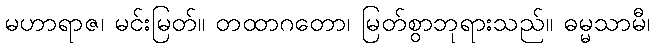
မဟာရာဇ၊ မင်းမြတ်။ တထာဂတော၊ မြတ်စွာဘုရားသည်။ ဓမ္မသာမီ၊